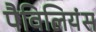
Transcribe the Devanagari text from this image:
पैविलियंस